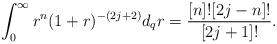
LaTeX: \begin{align*}\int_{0}^{\infty}r^n (1+r)^{-(2j+2)}d_qr=\frac{[n]![2j-n]!}{[2j+1]!}.\end{align*}